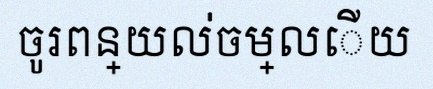
ចូរពន្យល់ចម្លើយ